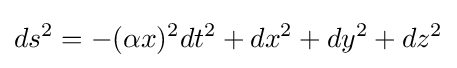
ds^{2}=-(\alpha x)^{2}dt^{2}+dx^{2}+dy^{2}+dz^{2}